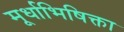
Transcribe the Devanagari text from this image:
मूर्धाभिषिक्ता